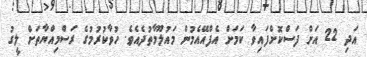
އަދި 22 އަށް ފަސްކޮށްފައިވާ ކަމަށް އެފްއޭއެމުން މައުލޫމާތުދެއެވެ. ހުވާކުރުމުގެ ރަސްމިއްޔާތަށް ލީގު